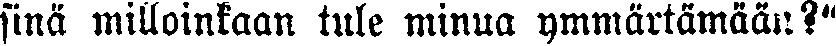
sinä milloinkaan tule minua ymmärtämään?"